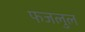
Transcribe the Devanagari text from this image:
फजलुल